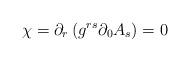
LaTeX: \begin{align*}\chi =\partial _{r}\left( g^{rs}\partial _{0 }A_{s}\right) =0 \end{align*}